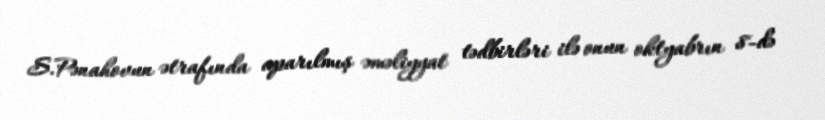
S.Pənahovun ətrafında aparılmış əməliyyat tədbirləri ilə onun oktyabrın 8-də